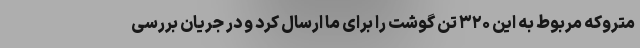
متروکه مربوط به این ۳۲۰ تن گوشت را برای ما ارسال کرد و در جریان بررسی